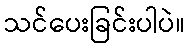
သင်ပေးခြင်းပါပဲ။